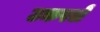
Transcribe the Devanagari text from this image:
उकरले